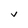
Character: u